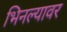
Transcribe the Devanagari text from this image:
भिनल्यावर